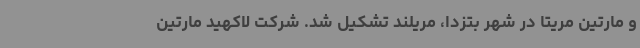
و مارتین مریتا در شهر بتزدا، مریلند تشکیل شد. شرکت لاکهید مارتین